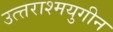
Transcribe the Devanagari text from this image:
उत्त्तराश्मयुगीन